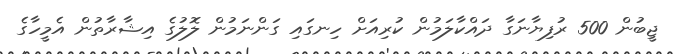
ޖީބުން 500 ރުފިޔާނަގާ ދައްކާލަމުން ކުރިއަށް ހިނގައި ގަންނަމުން ލޮލުގެ އިޝާރާތުން އެމީހާގެ